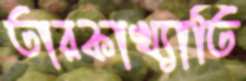
তারকাখ্যাতি